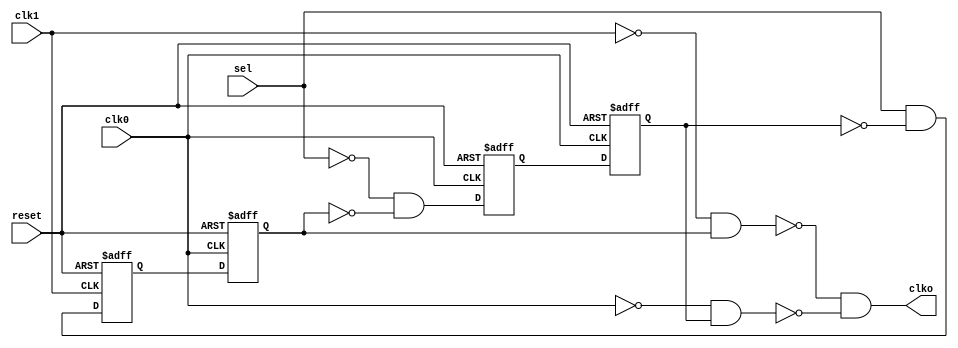
///////////////////////////////////////////////////////////////////////
//
//
//
//
//assign clko=sel ? clk1:clk2
//////////////////////////////////////////////////////////////////////

`timescale 1ns/1ps
module glitch_free(
						input clk0,
						input clk1,
						input reset,
						input sel,
						output clko
					);
	reg dff01,dff02;
	reg dff11,dff12;
	 
	wire clk0_inv = ~clk0;		//clk0
	wire clk1_inv = ~clk1;		//clk1
//clk0		
//clk0=!sel & !clk1	
always @ (posedge clk0_inv or posedge reset)
	if(reset)
		dff01 <= 1'b1;
	else
		dff01 <= !sel & !dff12;
		
always @ (posedge clk0 or posedge reset)
	if(reset)
		dff02 <= 1'b1;
	else 
		dff02 <= dff01;
		
wire clk0_gate = ~(~clk0 & dff02);

//clk1
always @ (posedge clk1_inv or posedge reset)
	if(reset)
		dff11 <= 1'b0;
	else
		dff11 <= sel & !dff02;
always @ (posedge clk0 or posedge reset)
	if(reset)
		dff12 <= 1'b0;
	else 
		dff12 <= dff11;
		
wire clk1_gate = ~(~clk1 & dff12);
//mux
assign clko = clk1_gate & clk0_gate;

endmodule